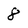
Character: 8